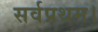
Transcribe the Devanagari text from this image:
सर्वप्रथम।